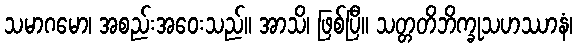
သမာဂမော၊ အစည်းအဝေးသည်။ အာသိ၊ ဖြစ်ပြီ။ သတ္တတိဘိက္ခုသဟဿာနံ၊